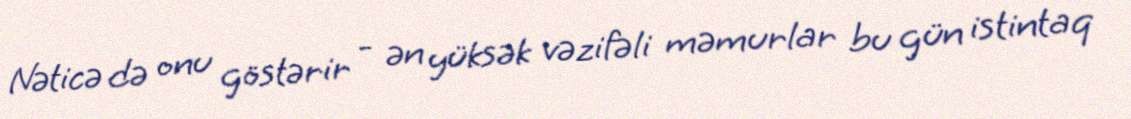
Nəticə də onu göstərir - ən yüksək vəzifəli məmurlar bu gün istintaq